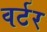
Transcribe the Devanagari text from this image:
वर्टर